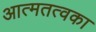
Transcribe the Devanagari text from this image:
आत्मतत्वका